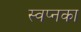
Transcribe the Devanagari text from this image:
स्वप्नका